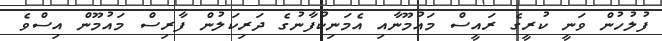
ފުލުހުން ވަނީ ކުރީގެ ރައީސް މައުމޫނާއި އެމަނިކުފާނުގެ ދަރިކަލުން ފާރިސް މައުމޫން އިސްވެ